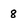
Character: 8